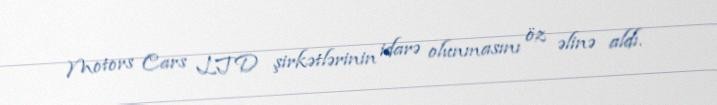
Motors Cars LTD şirkətlərinin idarə olunmasını öz əlinə aldı.